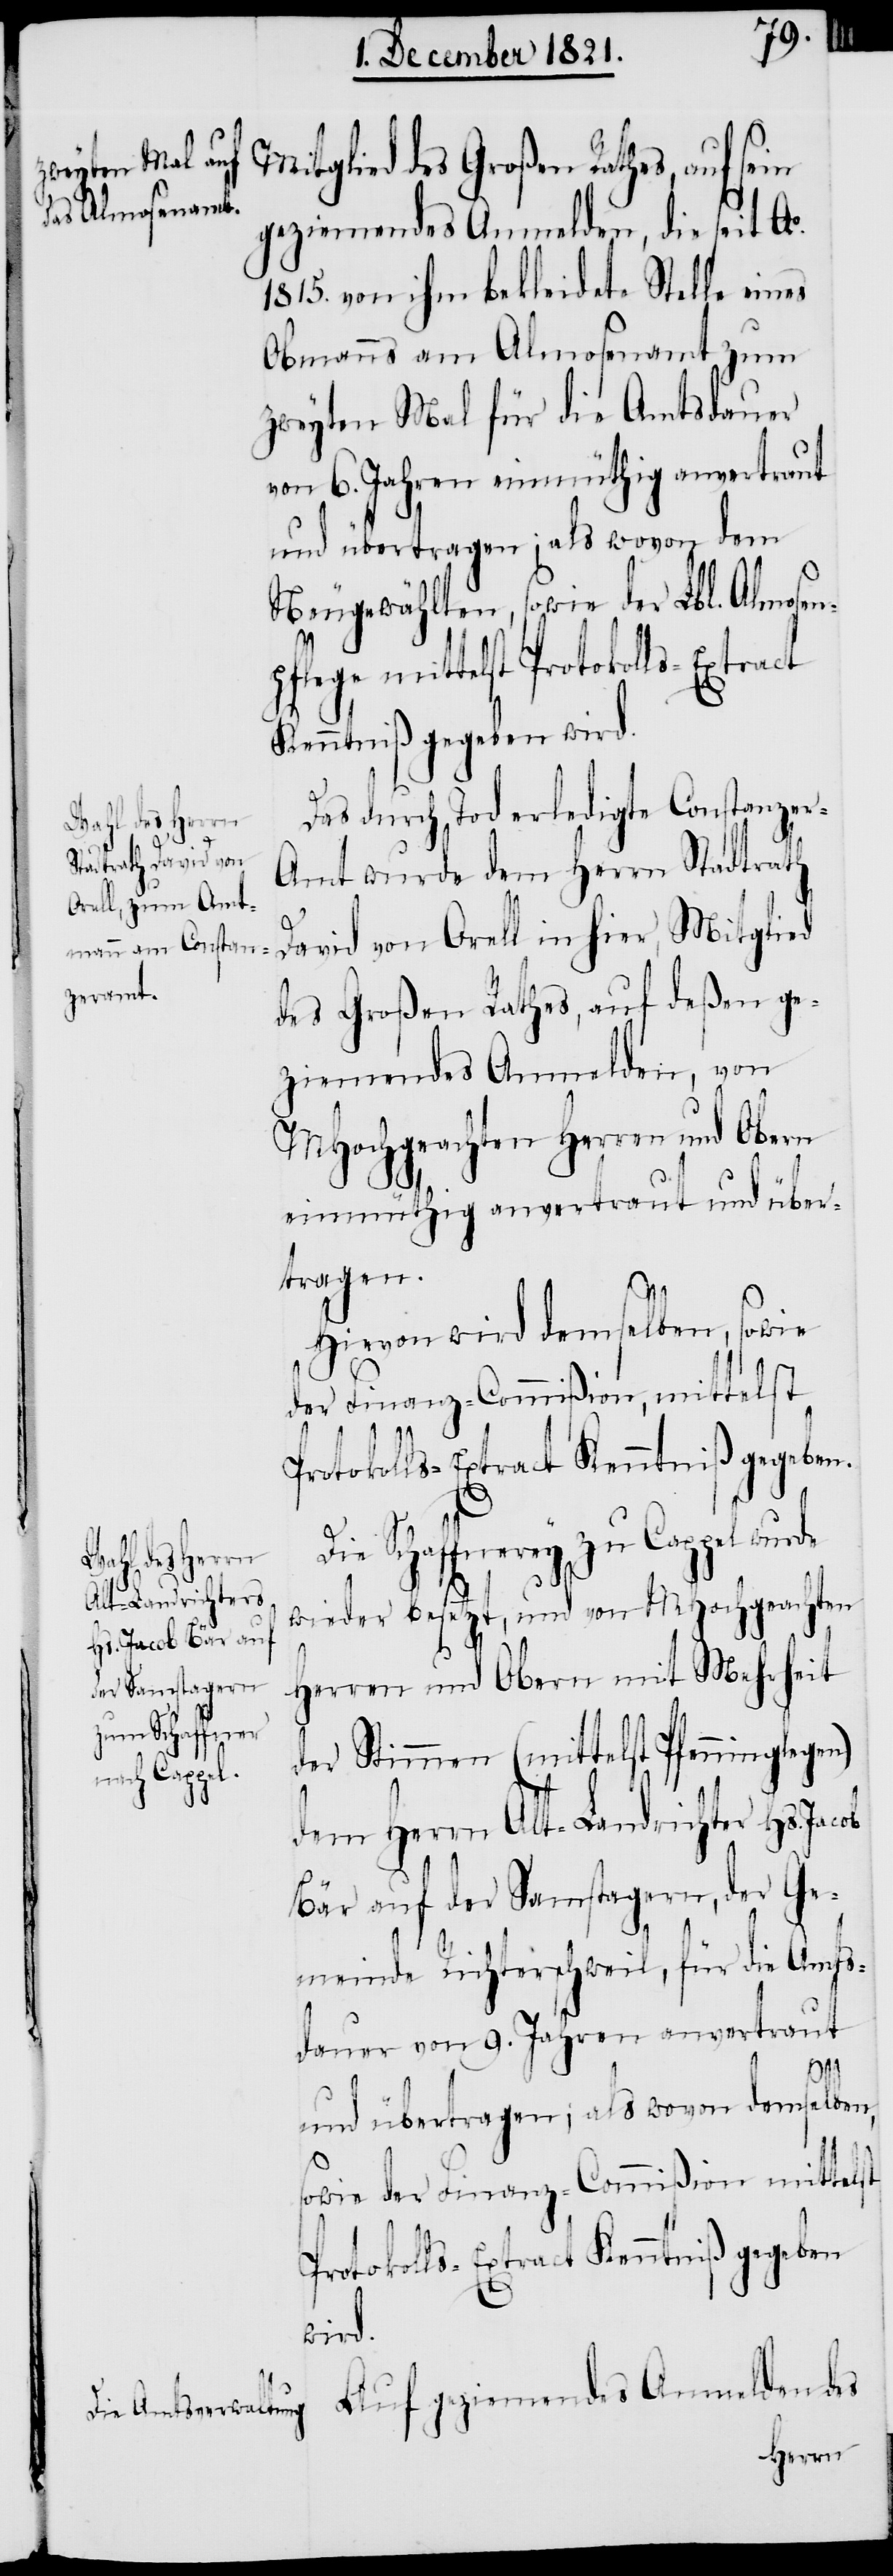
eziemendes Anmelden, die seit Ao.
1815. von ihm bekleidete Stelle eines
Obmanns am Almosenamt zum
zweyten Mal für die Amtsdauer
von 6. Jahren einmüthig anvertraut
und übertragen; als wovon dem
Neugewählten, sowie der Lbl. Almosen¬
pflege mittelst Protokolls-Extract
Kenntniß gegeben wird.
Das durch Tod erledigte Constanzer-A¬
mt wurde dem Herrn Stadtrath
David von Orell in hier, Mitglied
des Großen Rathes, auf deßen ge¬
ziemendes Anmelden, von
MHochgeachten Herren und Obern
einmüthig anvertraut und über¬
tragen.
Hievon wird demselben, sowie
der Finanz-Commißion, mittelst
Die Schaffnerey zu Cappel wurde
wieder besetzt, und von MHochgeachten
Herren und Obern mit Mehrheit
der Stimmen (mittelst Pfenninglegen)
dem Herrn Alt-Landrichter Hs. Jacob
Bär auf der Samstagern, der Ge¬
meinde Richterschweil, für die Amts¬
dauer von 9. Jahren anvertraut
und übertragen; als wovon demselben,
sowie der Finanz-Commißion mittelst
Protokolls-Extract Kenntniß gegeben
wird.
Auf geziemendes Anmelden des